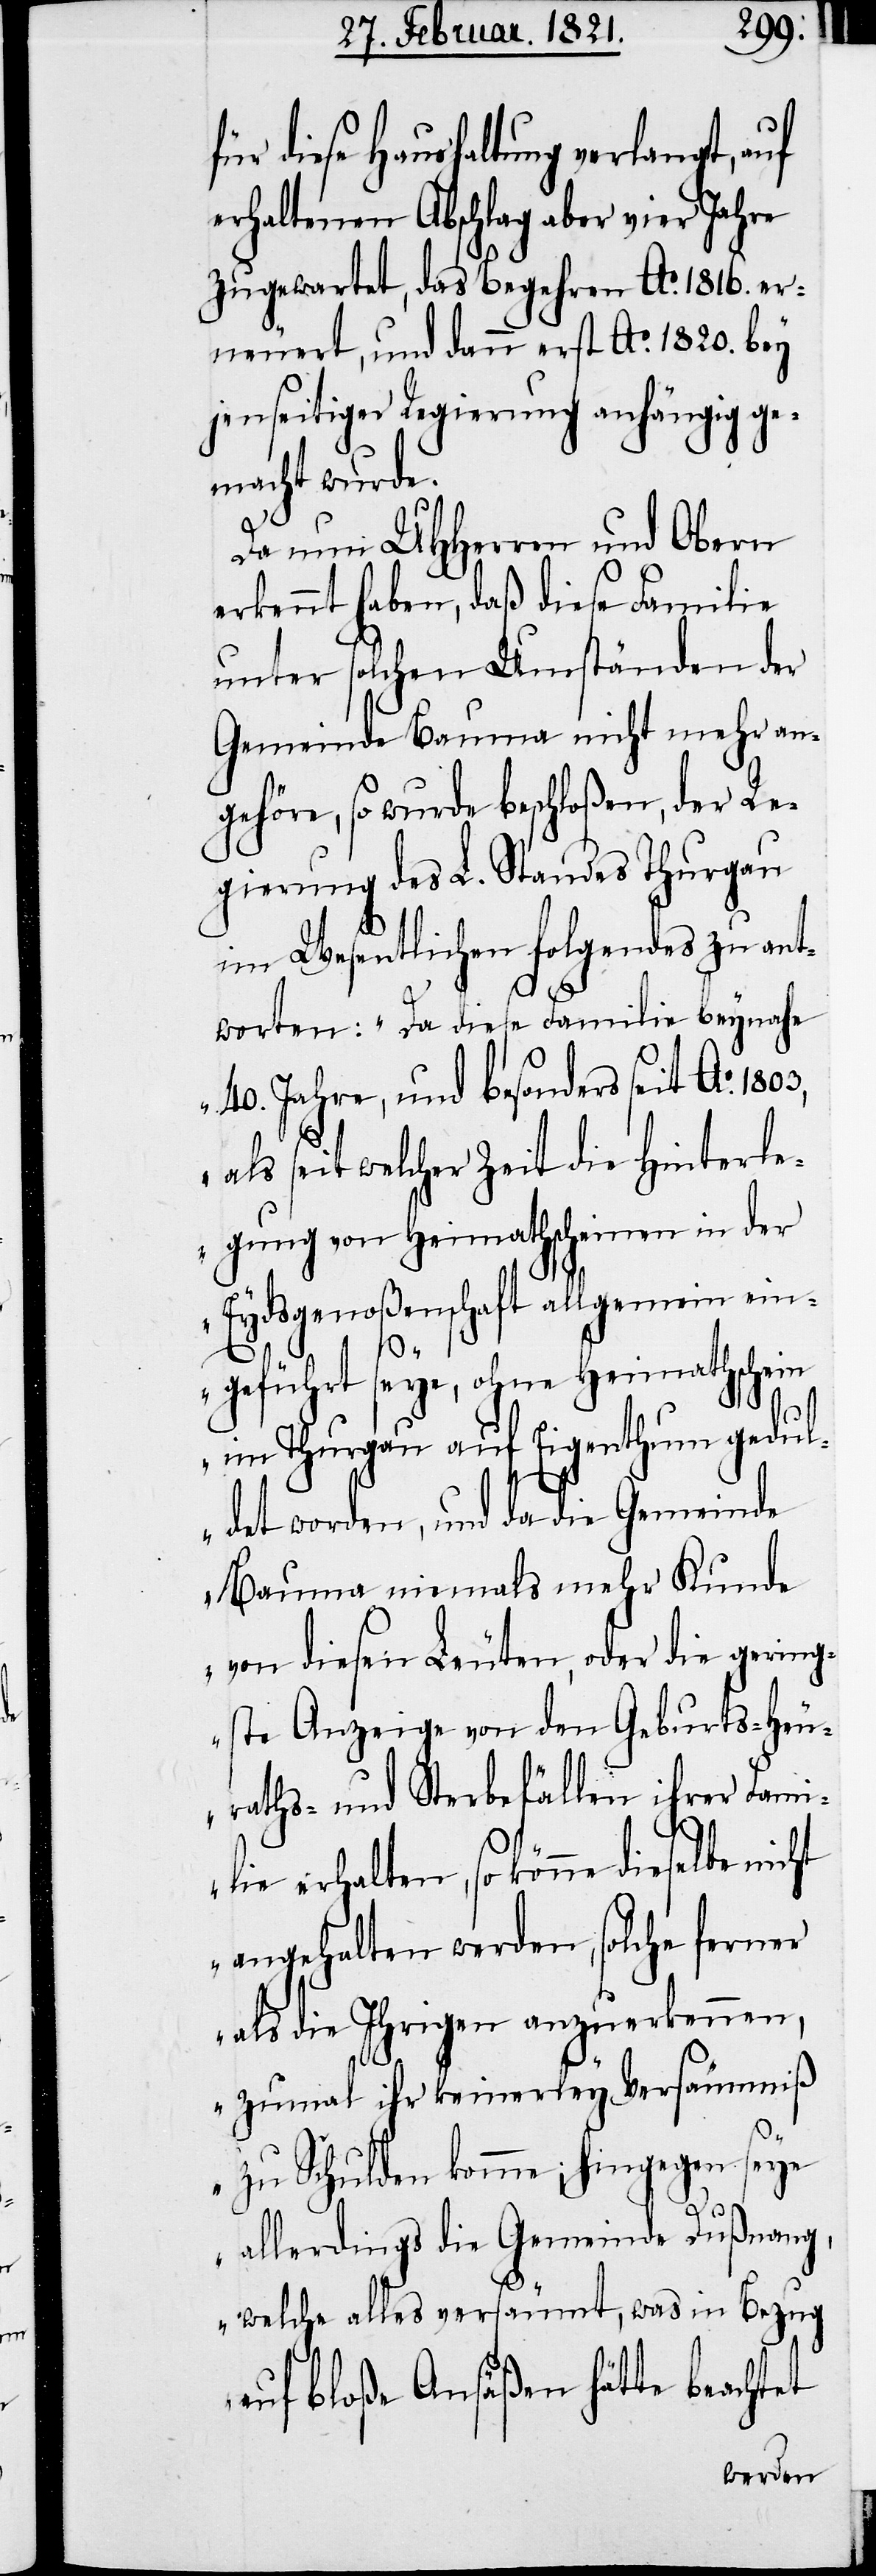
für diese Haushaltung verlangt, auf
erhaltenen Abschlag aber vier Jahre
zugewartet, das Begehren Ao. 1816. er¬
neuert, und dann erst Ao. 1820. bey
jenseitiger Regierung anhängig ge¬
macht wurde.
Da nun UHHerren und Obern
erkennt haben, daß diese Familie
unter solchen Umständen der
Gemeinde Bauma nicht mehr an¬
gehöre, so wurde beschloßen, der Re¬
gierung des L. Standes Thurgau
im Wesentlichen folgendes zu ant¬
worten: „Da diese Familie beynahe
40. Jahre, und besonders seit Ao.
als seit welcher Zeit die Hinterle¬
gung von Heimathscheinen in der
Eydsgenoßenschaft allgemein ein¬
geführt seye, ohne Heimathschein
im Thurgau auf Eigenthum gedul¬
det worden, und da die Gemeinde
Bauma niemals mehr Kunde
von diesen Leuten, oder die gering¬
ste Anzeige von den Geburts- Heu¬
raths- und Sterbefällen ihrer Fam¬
ilie erhalten, so könne dieselbe
angehalten werden, solche ferner
als die Ihrigen anzuerkennen,
zumal ihr keinerley Versäumniß
zu Schulden komme; hingegen seye
allerdings die Gemeinde Dußnang,
welche alles versäumt, was in Bezug
auf bloße Ansäßen hätte beachtet